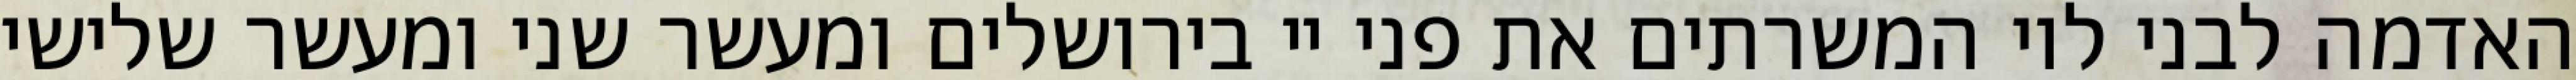
האדמה לבני לוי המשרתים את פני יי בירושלים ומעשר שני ומעשר שלישי